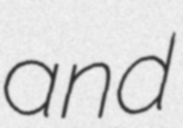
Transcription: and